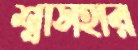
শ্বাসহার